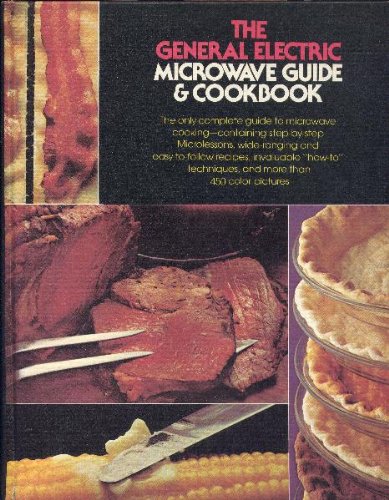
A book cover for General Electric microwave guide & cookbook:only complete guide to microwave cooking, containing step-by-step microlessons, wide-ranging & easy-to-follow .techniques, & more than 450 color pictures; Cookbooks, Food & Wine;